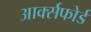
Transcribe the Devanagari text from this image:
आर्क्सफोर्ड